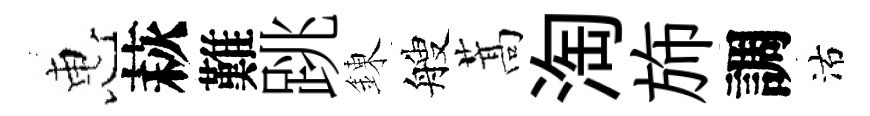
惠萩難跳錬艘蒿淘斾調沽